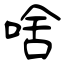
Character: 啥